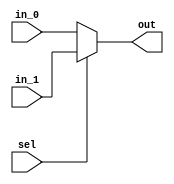
`timescale 1ns / 100ps

module selector_2cen_2bit(out, in_0, in_1, sel);
  output [1:0] out;
  input [1:0] in_0;
  input [1:0] in_1;
  input sel;
  assign out = sel? in_1 : in_0;
endmodule